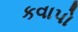
કવાપો